Vaccination Hyderabad 1872-1889 - 1872-1889
Year: 1872
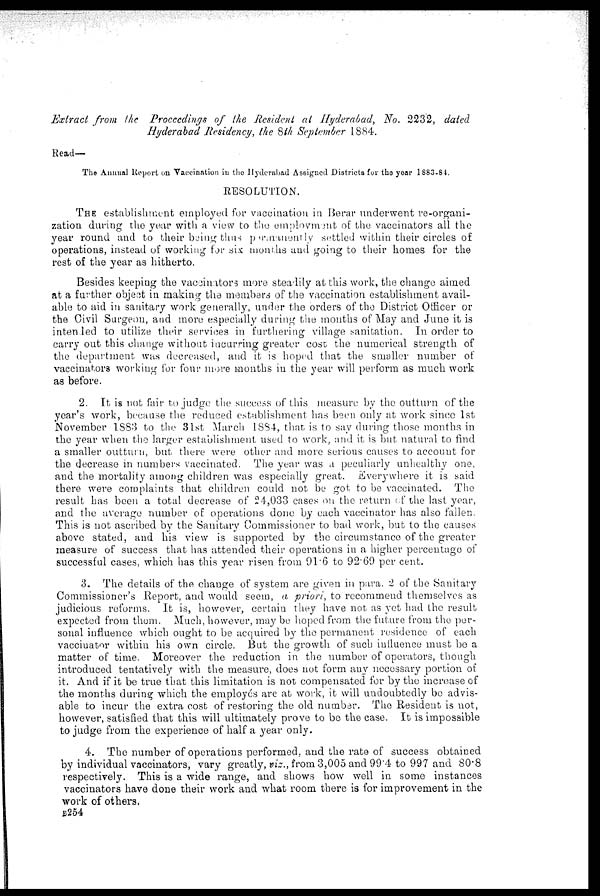
Extract from the Proceedings of the Resident at Hyderabad, No. 2232, dated
Hyderabad Residency, the 8th September 1884.
Read—
The Annual Report on Vaccination in the Hyderabad Assigned Districts for the year 1883-84.
RESOLUTION.
THE establishment employed for vaccination in Berar underwent re-organi-
zation during the year with a view to the employment of the vaccinators all the
year round and to their being thus permanently settled within their circles of
operations, instead of working for six months and going to their homes for the
rest of the year as hitherto.
Besides keeping the vaccinators more steadily at this work, the change aimed
at a further object in making the members of the vaccination establishment avail-
able to aid in sanitary work generally, under the orders of the District Officer or
the Civil Surgeon, and more especially during the months of May and June it is
intended to utilize their services in furthering village sanitation. In order to
carry out this change without incurring greater cost the numerical strength of
the department was decreased, and it is hoped that the smaller number of
vaccinators working for four more months in the year will perform as much work
as before.
2. It is not fair to judge the success of this measure by the outturn of the
year's work, because the reduced establishment has been only at work since 1st
November 1883 to the 31st March 1884, that is to say during those months in
the year when the larger establishment used to work, and it is but natural to find
a smaller outturn, but there were other and more serious causes to account for
the decrease in numbers vaccinated. The year was a peculiarly unhealthy one,
and the mortality among children was especially great. Everywhere it is said
there were complaints that children could not be got to be vaccinated. The
result has been a total decrease of 24,033 cases on the return of the last year,
and the average number of operations done by each vaccinator has also fallen.
This is not ascribed by the Sanitary Commissioner to bad work, but to the causes
above stated, and his view is supported by the circumstance of the greater
measure of success that has attended their operations in a higher percentage of
successful cases, which has this year risen from 91.6 to 92.69 per cent.
3. The details of the change of system are given in para. 2 of the Sanitary
Commissioner's Report, and would seem, a priori, to recommend themselves as
judicious reforms. It is, however, certain they have not as yet had the result
expected from them. Much, however, may be hoped from the future from the per-
sonal influence which ought to be acquired by the permanent residence of each
vaccinator within his own circle. But the growth of such influence must be a
matter of time. Moreover the reduction in the number of operators, though
introduced tentatively with the measure, does not form any necessary portion of
it. And if it be true that this limitation is not compensated for by the increase of
the months during which the employes are at work, it will undoubtedly be advis-
able to incur the extra cost of restoring the old number. The Resident is not,
however, satisfied that this will ultimately prove to be the case. It is impossible
to judge from the experience of half a year only.
4. The number of operations performed, and the rate of success obtained
by individual vaccinators, vary greatly, viz., from 3,005 and 99.4 to 997 and 80.8
respectively. This is a wide range, and shows how well in some instances
vaccinators have done their work and what room there is for improvement in the
work of others.
B254